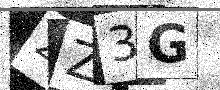
Text: 2Z3G